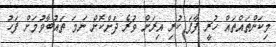
މިކަންތައްތައް ހުރީ ފާފަ ކުރި އިރަށް ވުރެ ދަށްކޮށް ނަމަ ތައުބާވުމަށް ފަހު